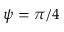
\psi = \pi / 4